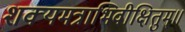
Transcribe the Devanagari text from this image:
शक्यमत्राभिवीक्षितुम्॥